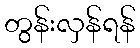
တွန်းလှန်ရန်